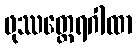
ဖုဿတ္ထေရဂါထာ